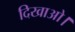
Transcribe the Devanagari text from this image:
दिखाओ।